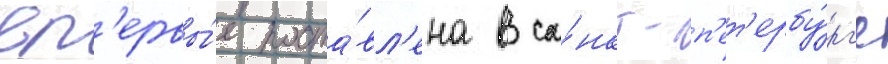
вп'ервы́е поста́вл'ена в са́нкт-п'ет'ербу́рг'е